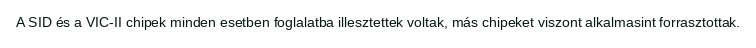
A SID és a VIC-II chipek minden esetben foglalatba illesztettek voltak, más chipeket viszont alkalmasint forrasztottak.